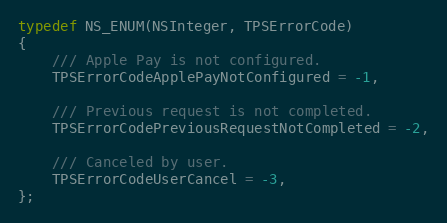
Language: C
typedef NS_ENUM(NSInteger, TPSErrorCode)
{
    /// Apple Pay is not configured.
    TPSErrorCodeApplePayNotConfigured = -1,

    /// Previous request is not completed.
    TPSErrorCodePreviousRequestNotCompleted = -2,

    /// Canceled by user.
    TPSErrorCodeUserCancel = -3,
};